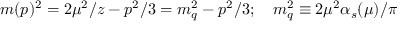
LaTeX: m ( p ) ^ { 2 } = 2 \mu ^ { 2 } / z - p ^ { 2 } / 3 = m _ { q } ^ { 2 } - p ^ { 2 } / 3 ; \quad m _ { q } ^ { 2 } \equiv 2 \mu ^ { 2 } \alpha _ { s } ( \mu ) / \pi